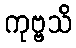
ကုဗ္ဗသိ